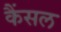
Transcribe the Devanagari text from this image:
कैंसल